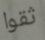
ثقوا